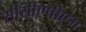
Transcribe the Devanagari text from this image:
सीसीएपीएम